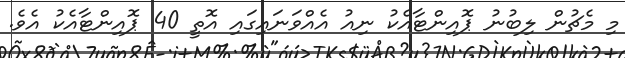
މި މެޗުން ލިބުނު ޕޮއިންޓާއެކު ނިއު އެއްވަނައިގައި އޮތީ 40 ޕޮއިންޓާއެކު އެވެ.